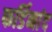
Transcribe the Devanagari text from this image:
फर्डिनांद